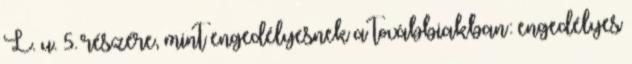
L. u. 5. részére, mint engedélyesnek a továbbiakban: engedélyes